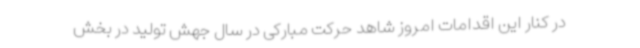
در کنار این اقدامات امروز شاهد حرکت مبارکی در سال جهش تولید در بخش